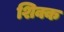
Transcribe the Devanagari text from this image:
शिक्क